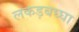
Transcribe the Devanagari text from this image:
लकड़बघ्घा